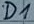
Text: D1